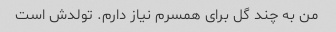
من به چند گل برای همسرم نیاز دارم. تولدش است